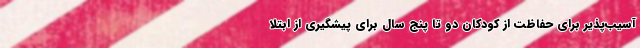
آسیب‌پذیر برای حفاظت از کودکان دو تا پنج سال برای پیشگیری از ابتلا